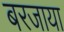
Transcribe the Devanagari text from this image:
बरजाया